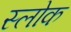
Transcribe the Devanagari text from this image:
स्लोक